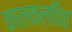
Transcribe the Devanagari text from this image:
कालकलवित